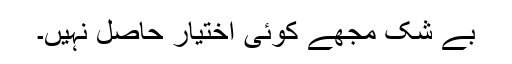
بے شک مجھے کوئی اختیار حاصل نہیں۔